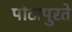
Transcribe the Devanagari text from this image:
पोटापुरते